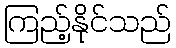
ကြည့်နိုင်သည်